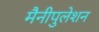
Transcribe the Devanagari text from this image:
मैनीपुलेशन